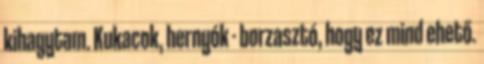
kihagytam. Kukacok, hernyók - borzasztó, hogy ez mind ehető.